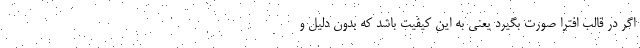
اگر در قالب افترا صورت بگیرد یعنی به این کیفیت باشد که بدون دلیل و